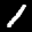
Digit: 1